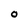
Character: O